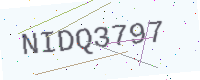
Text: NIDQ3797